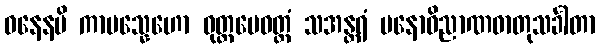
ဓနေနပိ ကာမသ္နေဟော ဝုတ္တမေဝတ္ထံ သအန္တရံ မနောဝိညာဏဓာတုသင်္ခါတာ